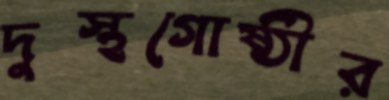
দুস্থগোষ্ঠীর